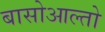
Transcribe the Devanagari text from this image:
बासोआल्तो